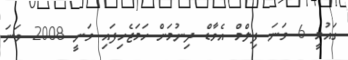
ގައުމީ 6 ވަނަ ފިލްމް އެވާޑް ދިނުމަށް ހަމަޖެހިފައި ވަނީ 2008 ވަނަ